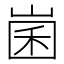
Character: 𡹤